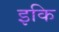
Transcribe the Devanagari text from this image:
इकि